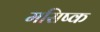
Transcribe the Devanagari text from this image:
मसिष्क